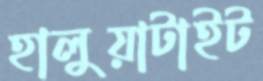
হালুয়াটাইট